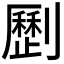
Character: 𠠝